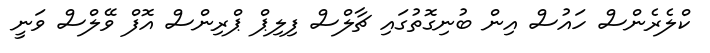
ކްލެރެންސް ހައުސް އިން ބުނިގޮތުގައި ޗާލްސް ފިލިޕް ޕްރިންސް އޮފް ވޭލްސް ވަނީ